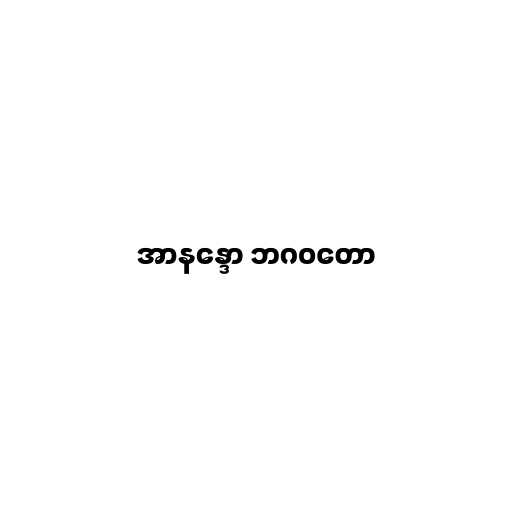
အာနန္ဒော ဘဂဝတော